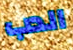
الدب